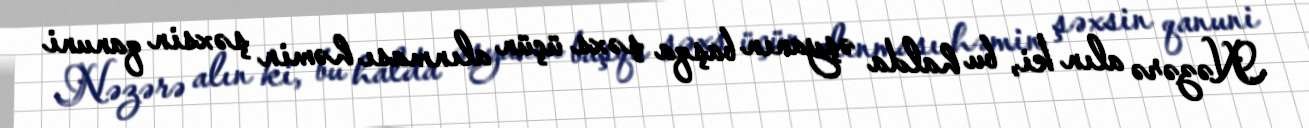
Nəzərə alın ki, bu halda əşyanın başqa şəxs üçün alınması həmin şəxsin qanuni